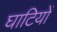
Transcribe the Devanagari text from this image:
घाटियों